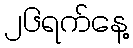
၂၆ရက်နေ့